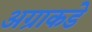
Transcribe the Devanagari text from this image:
अग्राकडे